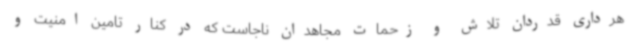
هرداری قدردان تلاش و زحمات مجاهدان ناجاست که در کنار تامین امنیت و